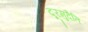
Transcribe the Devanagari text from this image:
दूरमुदैति